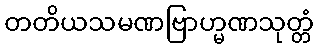
တတိယသမဏဗြာဟ္မဏသုတ္တံ